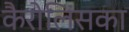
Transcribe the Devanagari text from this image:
कैरोलिंसका